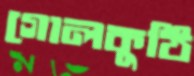
গোলকুঠি